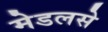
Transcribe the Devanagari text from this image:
मेडलसे